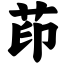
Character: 茚